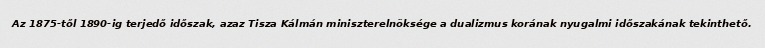
Az 1875-től 1890-ig terjedő időszak, azaz Tisza Kálmán miniszterelnöksége a dualizmus korának nyugalmi időszakának tekinthető.